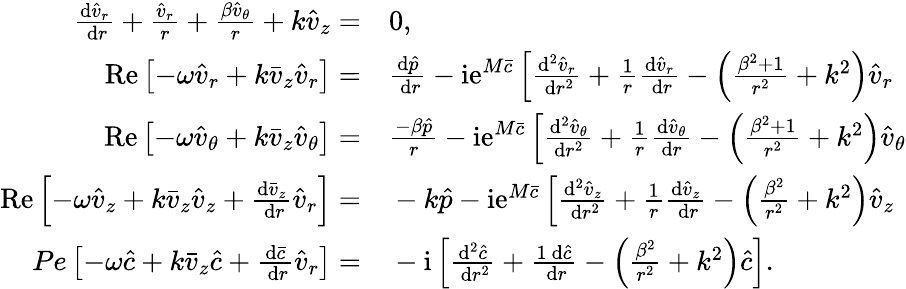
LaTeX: \begin{array}{rl}{\frac{\mathrm{d}\hat{v}_{r}}{\mathrm{~d}r}+\frac{\hat{v}_{r}}{r}+\frac{\beta\hat{v}_{\theta}}{r}+k\hat{v}_{z}=}&{{}0,}\\ {\operatorname{Re}\left[-\omega\hat{v}_{r}+k\bar{v}_{z}\hat{v}_{r}\right]=}&{{}\frac{\mathrm{d}\hat{p}}{\mathrm{~d}r}-\mathrm{ie}^{M\bar{c}}\left[\frac{\mathrm{d}^{2}\hat{v}_{r}}{\mathrm{~d}r^{2}}+\frac{1}{r}\frac{\mathrm{d}\hat{v}_{r}}{\mathrm{~d}r}-\left(\frac{\beta^{2}+1}{r^{2}}+k^{2}\right)\hat{v}_{r}\right.}\\ {\operatorname{Re}\left[-\omega\hat{v}_{\theta}+k\bar{v}_{z}\hat{v}_{\theta}\right]=}&{{}\frac{-\beta\hat{p}}{r}-\mathrm{ie}^{M\bar{c}}\left[\frac{\mathrm{d}^{2}\hat{v}_{\theta}}{\mathrm{d}r^{2}}+\frac{1}{r}\frac{\mathrm{d}\hat{v}_{\theta}}{\mathrm{d}r}-\left(\frac{\beta^{2}+1}{r^{2}}+k^{2}\right)\hat{v}_{\theta}\right.}\\ {\operatorname{Re}\left[-\omega\hat{v}_{z}+k\bar{v}_{z}\hat{v}_{z}+\frac{\mathrm{d}\bar{v}_{z}}{\mathrm{~d}r}\hat{v}_{r}\right]=}&{{}-k\hat{p}-\mathrm{ie}{}^{M\bar{c}}\left[\frac{\mathrm{d}^{2}\hat{v}_{z}}{\mathrm{~d}r^{2}}+\frac{1}{r}\frac{\mathrm{d}\hat{v}_{z}}{\mathrm{~d}r}-\left(\frac{\beta^{2}}{r^{2}}+k^{2}\right)\hat{v}_{z}\right.}\\ {Pe\left[-\omega\hat{c}+k\bar{v}_{z}\hat{c}+\frac{\mathrm{d}\bar{c}}{\mathrm{~d}r}\hat{v}_{r}\right]=}&{{}-\mathrm{i}\left[\frac{\mathrm{d}^{2}\hat{c}}{\mathrm{~d}r^{2}}+\frac{1\mathrm{~d}\hat{c}}{\mathrm{~d}r}-\left(\frac{\beta^{2}}{r^{2}}+k^{2}\right)\hat{c}\right].}\end{array}